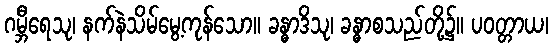
ဂမ္ဘီရေသု၊ နက်နဲသိမ်မွေ့ကုန်သော။ ခန္ဓာဒိသု၊ ခန္ဓာစသည်တို့၌။ ပဝတ္တာယ၊